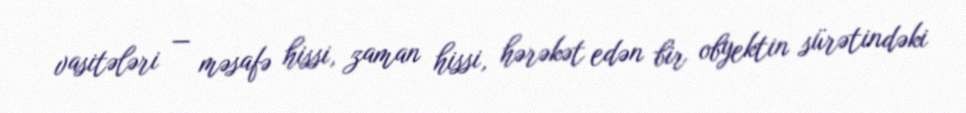
vasitələri — məsafə hissi, zaman hissi, hərəkət edən bir obyektin sürətindəki